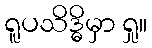
ရူပသိဒ္ဓိမှာ ရှု။